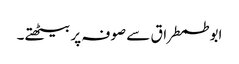
ابو طمطراق سے صوفہ پر بیٹھتے۔